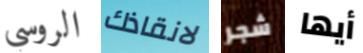
الروسي لانقاذك شجر أيها